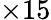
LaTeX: \times{}15